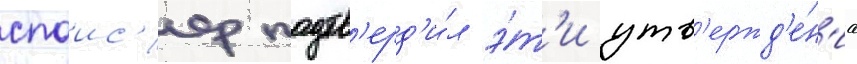
спаис'ер подтв'ерд'и́л э́т'и утв'ержд'е́н'иа